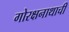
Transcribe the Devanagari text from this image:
गोरक्षनाथाची